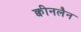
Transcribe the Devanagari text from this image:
क्वीनलैन